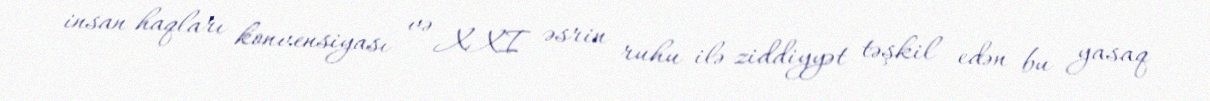
insan haqları konvensiyası və XXI əsrin ruhu ilə ziddiyyət təşkil edən bu yasaq